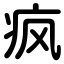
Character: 疯